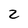
Character: 2